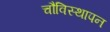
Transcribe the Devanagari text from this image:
चौविस्थापन